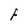
Character: F